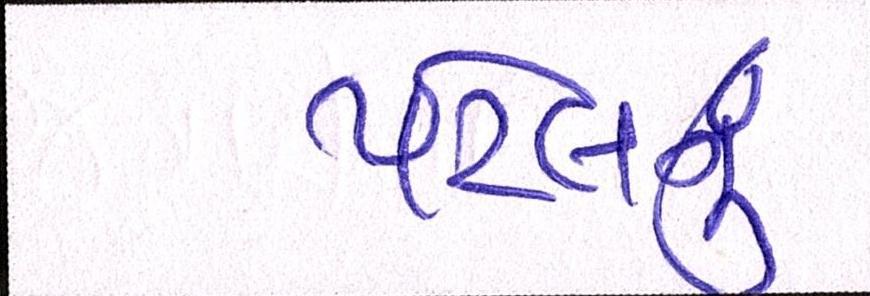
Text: પટેલનું